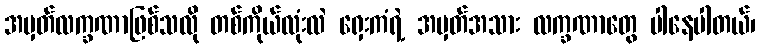
အမှတ်လက္ခဏာဖြစ်သလို တစ်ကိုယ်လုံးလဲ ရှေးကံရဲ့ အမှတ်အသား လက္ခဏာတွေ ပါနေပါတယ်၊